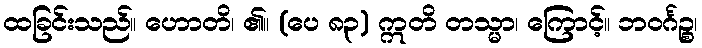
ထခြင်းသည်။ ဟောတိ၊ ၏။ (ပေ ၈၃) ဣတိ တသ္မာ၊ ကြောင့်။ ဘဝင်္ဂဉ္စ၊